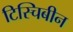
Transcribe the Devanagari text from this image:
टिस्चिबीन